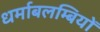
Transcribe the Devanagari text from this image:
धर्माबलम्बियों